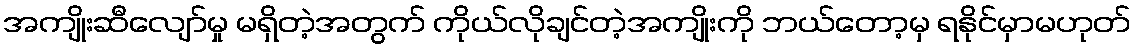
အကျိုးဆီလျော်မှု မရှိတဲ့အတွက် ကိုယ်လိုချင်တဲ့အကျိုးကို ဘယ်တော့မှ ရနိုင်မှာမဟုတ်